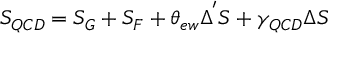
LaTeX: S _ { Q C D } = S _ { G } + S _ { F } + \theta _ { e w } \Delta ^ { ' } S + \gamma _ { Q C D } \Delta S